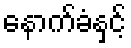
နောက်ခံနှင့်